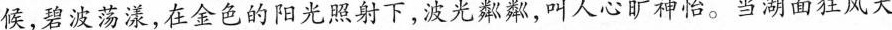
候，碧波荡漾，在金色的阳光照射下，波光，叫人心旷神怡。当湖面狂风大